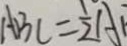
A B C = \frac { 1 } { 2 } A